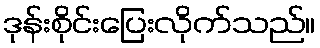
ဒုန်းစိုင်းပြေးလိုက်သည်။